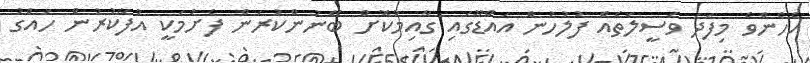
އެހެންވެ މިފަދަ ވަސީލަތެއް ފުލުހުން އައްޑޫގައި ގާއިމުކޮށް ބޭނުންކުރަން ފެށުމަކީ އުފާކުރުން ހައްގު